Cultivation of the bacillus of leprosy and the treatment of cases by means of a vaccine prepared from the cultivations - Number 42
Disease focus: Leprosy
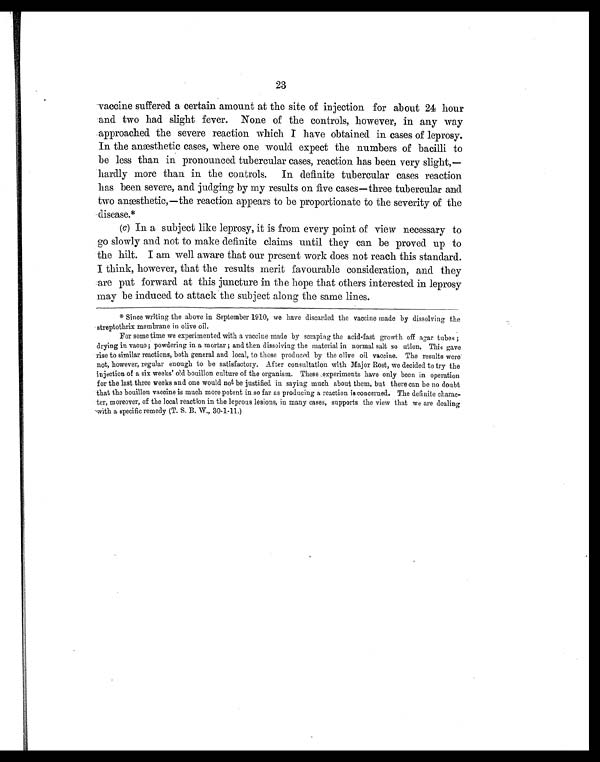
23
vaccine suffered a certain amount at the site of injection for about 24 hour
and two had slight fever. None of the controls, however, in any way
approached the severe reaction which I have obtained in cases of leprosy
I n t h e a n æs t h e t i c c a s e s , wh e r e o n e wo u l d e x p e c t t h e n u mb e r s o f b a c i l l i t o
be less than in pronounced tubercular cases, reaction has been very slight,—
hardly more than in the controls. In definite tubercular cases reaction
has been severe, and judging by my results on five cases—three tubercular and
two anæsthetic,—the reaction appears to be proportionate to the severity of the
disease.*
(c) In a subject like leprosy, it is from every point of view necessary to
go slowly and not to make definite claims until they can be proved up to
the hilt. I am well aware that our present work does not reach this standard.
I think, however, that the results merit favourable consideration, and they
are put forward at this juncture in the hope that others interested in leprosy
may be induced to attack the subject along the same lines.
*Since writing the above in September 1910, we have discarded the vaccine made by dissolving the
streptothrix membrane in olive oil.
For some time we experimented with a vaccine made by scraping the acid-fast growth off agar tubes ;
drying in vacuo ; powdering in a mortar ; and then dissolving the material in normal salt so ation. This gave
rise to similar reactions, both general and local, to those produced by the olive oil vaccine. The results were
not, however, regular enough to be satisfactory. After consultation with Major Rost, we decided to try the
injection of a six weeks' old. bouillon culture of the organism. These experiments have only been in operation
for the last three weeks and one would not be justified in saying much about them, but there can be no doubt
that the bouillon vaccine is much more potent in so far as producing a reaction is concerned. The definite charac-
ter, moreover, of the local reaction in the leprous lesions, in many cases, supports the view that we are dealing
with a specific remedy (T. S. B. W., 30.1-11.)